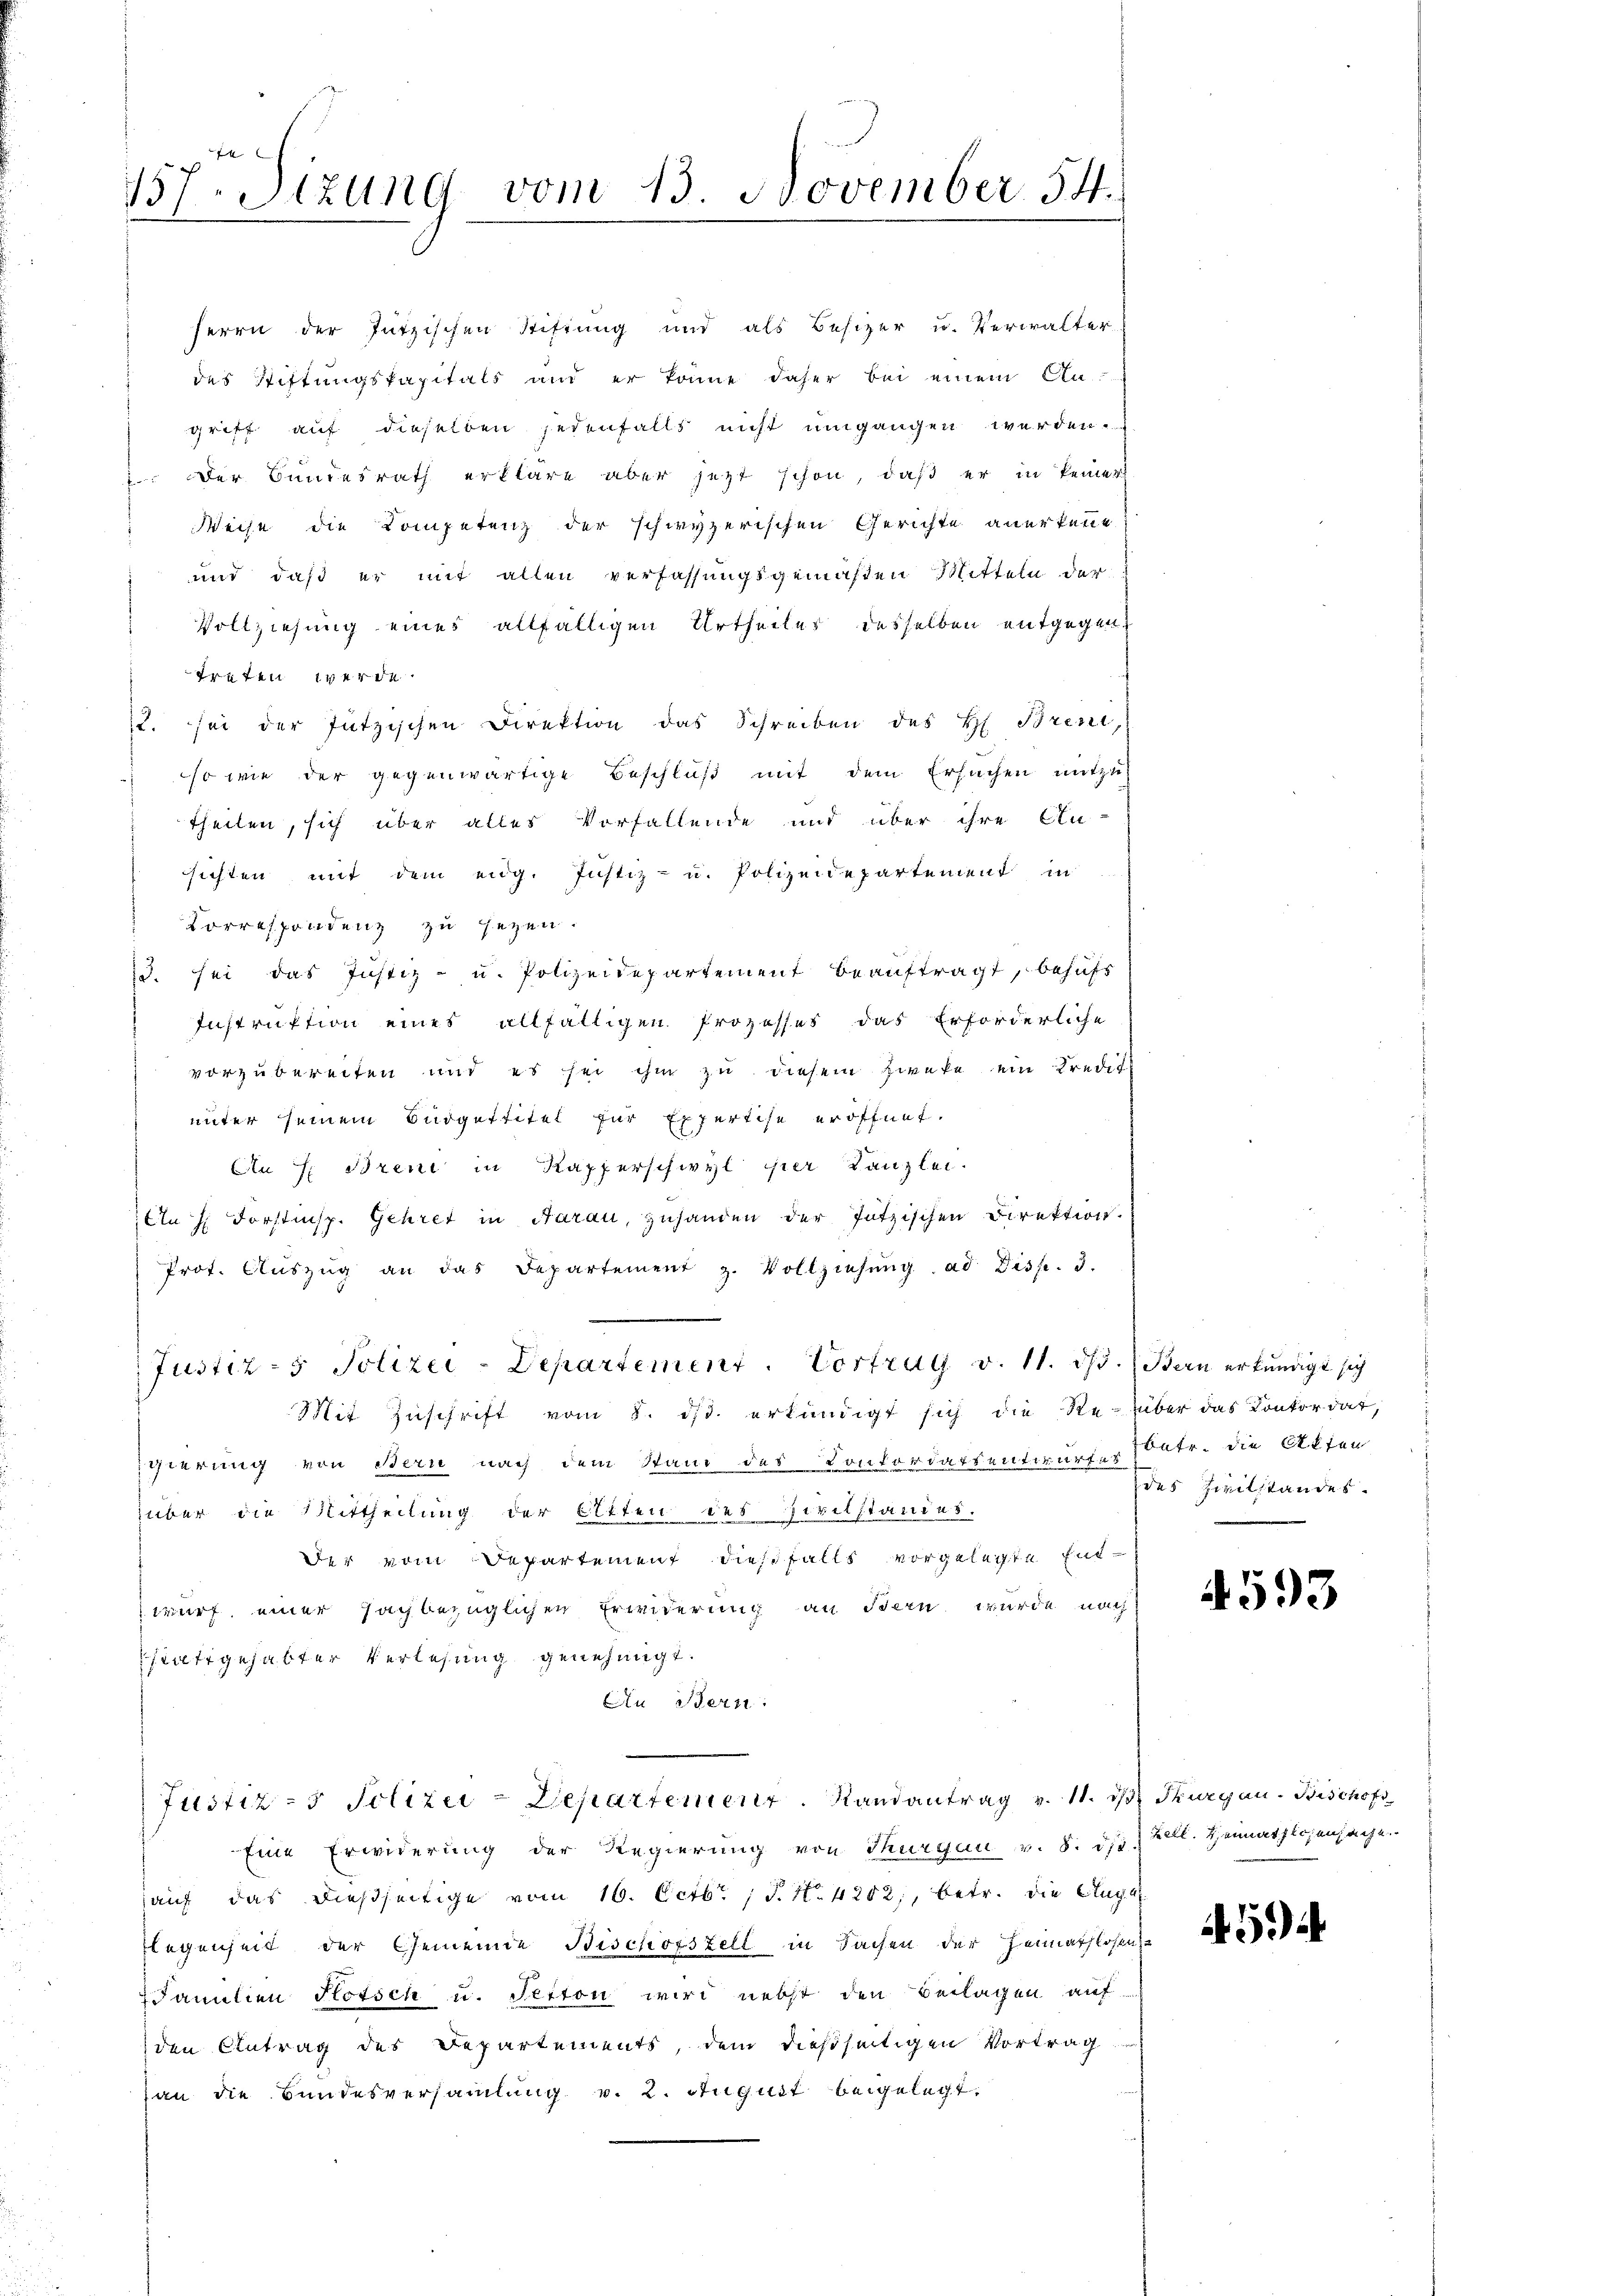
157 Sizung vom 13. November 54.

Herrn der Jutzischen Stiftung und als Besizer u. Verwalter
des Stiftungskapitals und er könne daher bei einem Angriff auf dieselben jedenfalls nicht umgangen werden.
 Der Bundesrath erkläre aber jetzt schon, daß er in keiner
Weise die Kompetenz der schwyzerischen Gerichte anerkenne
und daß er mit allen verfassungsgemäßen Mitteln der
Vollziehung eines allfälligen Urtheiles desselben entgegen
treten werde.
2. sei der Jützischen Direktion das Schreiben des H. Brent,
so wie der gegenwärtige Beschluß mit dem Ersuchen mitzutheilen, sich über alles Vorfallende und über ihre An-
sichten mit dem eidg. Justiz- u. Polizeidepartement in
Correspondenz zu sezen.
3. sei das Justiz- u. Polizeidepartement beauftragt, behufs
Instruktion eines allfälligen Prozesses das Erforderliche
vorzubereiten und es sei ihm zu diesem Zweke ein Kredit
unter seinem Büdgettitel für Expertise eröffnet.
Au H: Brent in Kapperschwyl per Kanzlei.
An H. Forstsp. Gehret in Aarau, zuhanden der Jützischen Direktion.
Prot. Aŭszŭg an das Departement z. Vollziehŭng ad Disp. 3.
Justiz- & Polizei-Departement. Vortrug v. 11. ds. Bern erkundigt sich
Mit Zuschrift vom 8. ds. erkundigt sich die Re- über das Konkordat,
gierung von Bern nach dem Stand des Konkordatsentwurfer Patr. die Akten
über die Mittheilung der Otten des Zivilstandes.
Der vom Departement diesfalls vorgelegte Entwurf einer sachbezüglichen Erwiderung an Bern wurde nach
stattgehabter Verlesung genehmigt.
Ain Bern.
Justiz- & Polizei-Departement. Randantrag v. 11. d. Thurgau. Bischofs
Eine Erwiderung der Regierung von Thurgau v. 8. ds
auf das dießseitige vom 16. Octbr. 1 S. Nr. 4202;, betr. die Auge
legenheit der Gemeinde Bischofszell in Sachen der Heimathlosen-
Familien flotsch u. Petton wird nebst den Beilagen auf
den Antrag des Departements, dem dießseitigen Vortrag
an die Bundesversammlung v. 2. August beigelegt.

des Zivilstandes.

4593

Zell. Hennathlosensache

594